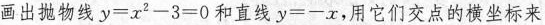
画出抛物线 $$y = x ^ { 2 } - 3 = 0$$ 和直线$$y = - x$$ ，用它们交点的横坐标来